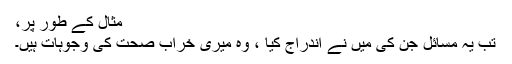
مثال کے طور پر،
تب یہ مسائل جن کی میں نے اندراج کیا ، وہ میری خراب صحت کی وجوہات ہیں۔